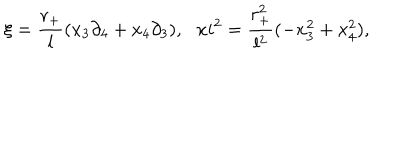
LaTeX: \xi = \frac { r _ { + } } { l } ( x _ { 3 } \partial _ { 4 } + x _ { 4 } \partial _ { 3 } ) , \ \ \, x i ^ { 2 } = \frac { r _ { + } ^ { 2 } } { l ^ { 2 } } ( - x _ { 3 } ^ { 2 } + x _ { 4 } ^ { 2 } ) ,